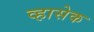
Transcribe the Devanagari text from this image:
व्हासेक